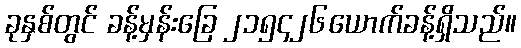
ခုနှစ်တွင် ခန့်မှန်းခြေ ၂၁၅၄၂၆ယောက်ခန့်ရှိသည်။